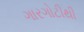
ગારગોટીથી